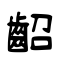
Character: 齠